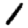
Digit: 1